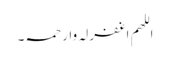
اللھم اغفرلہ وارحمہ۔